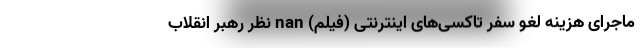
ماجرای هزینه لغو سفر تاکسی‌های اینترنتی (فیلم) nan نظر رهبر انقلاب